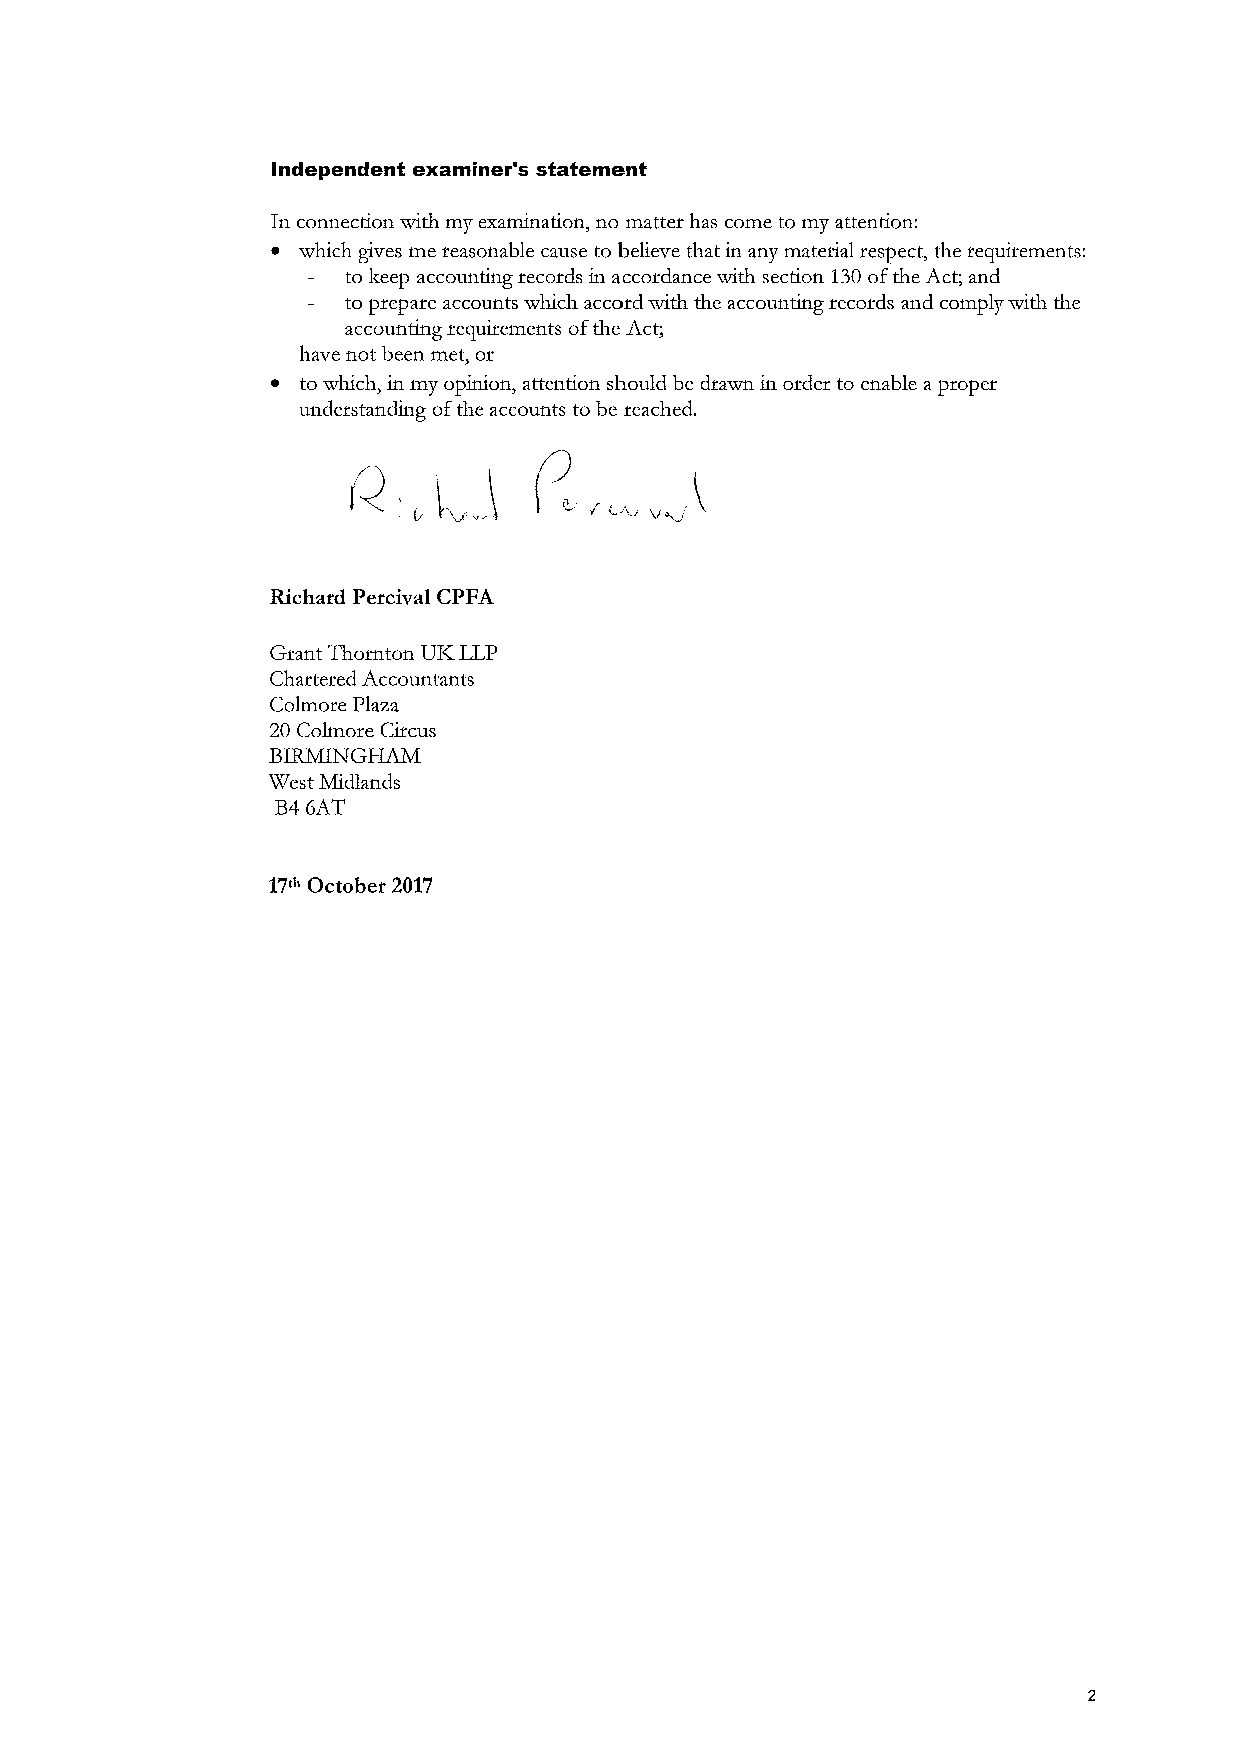
Independent examiner's statement
 In connection with my examination, no matter has come to my attention:
 ~ wluch gives me reasonable cause to believe that in any material respect, the requirements:
 to keep accounting records in accordance with section 130ofthe Act; and
 to prepare accounts wluch accord with the accounting records and comply arith the
 accounting requirements ofthe Act;
 have not been met, or
 ~ to wluch, in my opinion, attention should be drawn in order to enable a proper
 understanding ofthe accounts to be reached.
 Richard Percival CPFA
 Grant Thornton UI&LLP
 Chartered Accountants
 Colmore Plaza
 20 Colmore Circus
 BIRMNG~
 West Midlands
 B46AT
 17'"October 2017